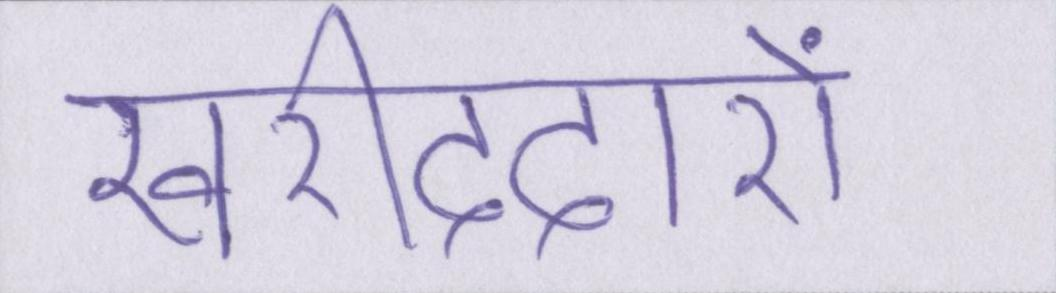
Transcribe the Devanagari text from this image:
खरीददारों